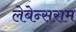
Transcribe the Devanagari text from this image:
लेबेन्सराम